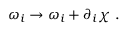
\omega _ { i } \rightarrow \omega _ { i } + \partial _ { i } \chi \ .